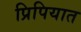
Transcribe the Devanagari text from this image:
प्रिपियात